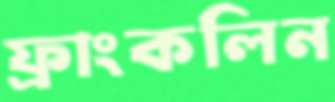
ফ্রাংকলিন